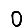
Digit: 0